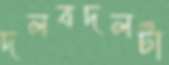
দলবদলটা